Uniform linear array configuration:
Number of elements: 24
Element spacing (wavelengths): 1
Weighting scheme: uniform
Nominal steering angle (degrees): -30
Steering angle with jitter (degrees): -28.823
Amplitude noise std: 0.05
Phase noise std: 0.05

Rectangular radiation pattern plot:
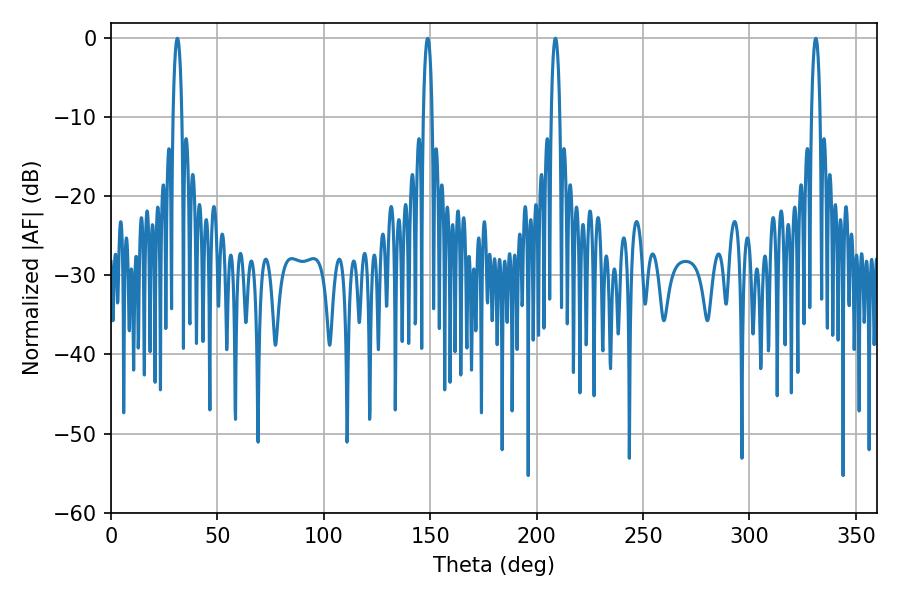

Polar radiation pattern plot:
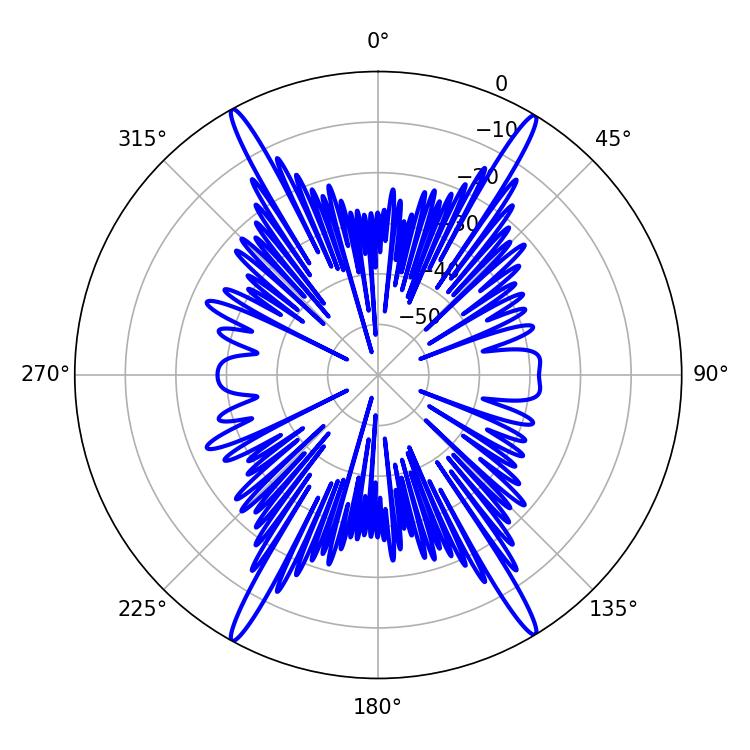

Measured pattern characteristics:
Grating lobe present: TRUE
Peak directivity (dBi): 26.68
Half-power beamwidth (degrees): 2.16
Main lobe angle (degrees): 208.8